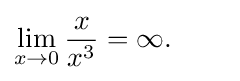
\lim _{x\to 0}{\frac {x}{x^{3}}}=\infty .\qquad